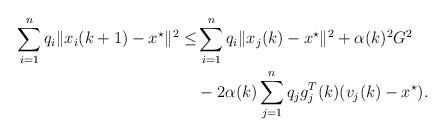
LaTeX: \begin{align*}\sum\limits_{i=1}^{n}q_{i}\|x_{i}(k+1)-x^{\star}\|^{2}\leq&\sum\limits_{i=1}^{n}q_{i}\|x_{j}(k)-x^{\star}\|^{2}+\alpha(k)^{2}G^{2}\\&-2\alpha(k)\sum\limits_{j=1}^{n}q_{j}g_{j}^{T}(k)(v_{j}(k)-x^{\star}).\end{align*}